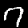
Digit: 7